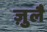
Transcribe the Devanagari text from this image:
ज़ुलै